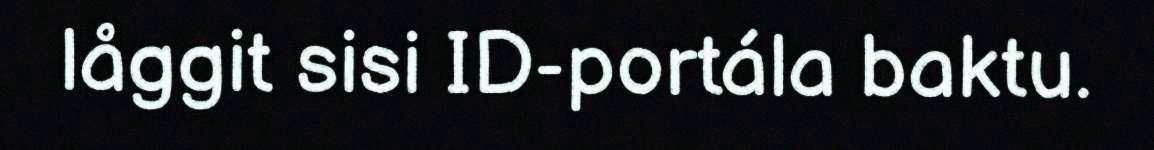
låggit sisi ID-portála baktu.